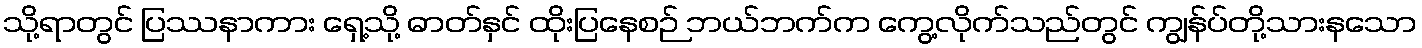
သို့ရာတွင် ပြဿနာကား ရှေ့သို့ ဓာတ်နှင် ထိုးပြနေစဉ် ဘယ်ဘက်က ကွေ့လိုက်သည်တွင် ကျွန်ပ်တို့သားနသော